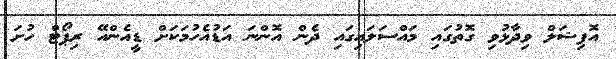
އޮފިޝަލް ވިދާޅުވި ގޮތުގައި މައްސަލައިގައި ދެން އޮންނަ އަޑުއެހުމަކަށް ޑީއެންއޭ ރިޕޯޓް ހުށަ